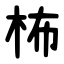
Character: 柨